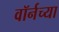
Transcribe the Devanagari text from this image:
वॉर्नच्या